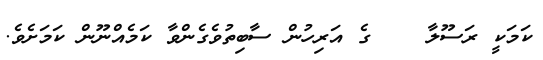
ކަމަކީ ރަސޫލާ    ގެ އަރިހުން ސާބިތުވެގެންވާ ކަމެއްނޫން ކަމަށެވެ.